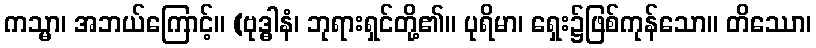
ကသ္မာ၊ အဘယ်ကြောင့်။ (ဗုဒ္ဓါနံ၊ ဘုရားရှင်တို့၏။ ပုရိမာ၊ ရှေး၌ဖြစ်ကုန်သော။ တိဿော၊